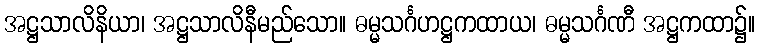
အဋ္ဌသာလိနိယာ၊ အဋ္ဌသာလိနီမည်သော။ ဓမ္မသင်္ဂဟဋ္ဌကထာယ၊ ဓမ္မသင်္ဂဏီ အဋ္ဌကထာ၌။